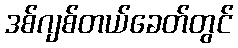
ဒစ်ဂျစ်တယ်ခေတ်တွင်